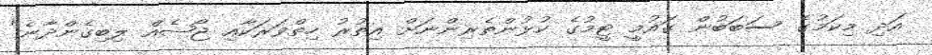
އަދި މިކަމުގެ ސަބަބުން ގައުމީ ޓީމުގެ ކުޅުންތެރިންނަށް އިތުރު ހިތްވަރަކާއި ޖޯޝެއް ލިބިގެންދާނެ"